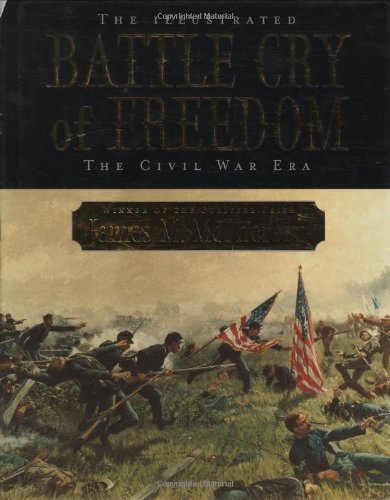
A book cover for The Illustrated Battle Cry of Freedom: The Civil War Era; James M. McPherson; History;